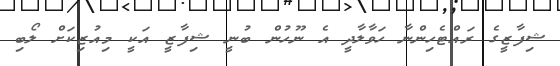
ޝިފާޒީގެ ރައްޓެހިންނާ ހަވާލާދީ އެ ނޫހުން ބުނީ ޝިފާޒީ އަކީ މިއުޒިކަށް ލޯބި